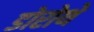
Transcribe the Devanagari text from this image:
डोरोथे